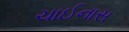
ચાઈનાસ